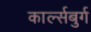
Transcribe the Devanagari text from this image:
कार्ल्सबुर्ग